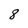
Character: 8